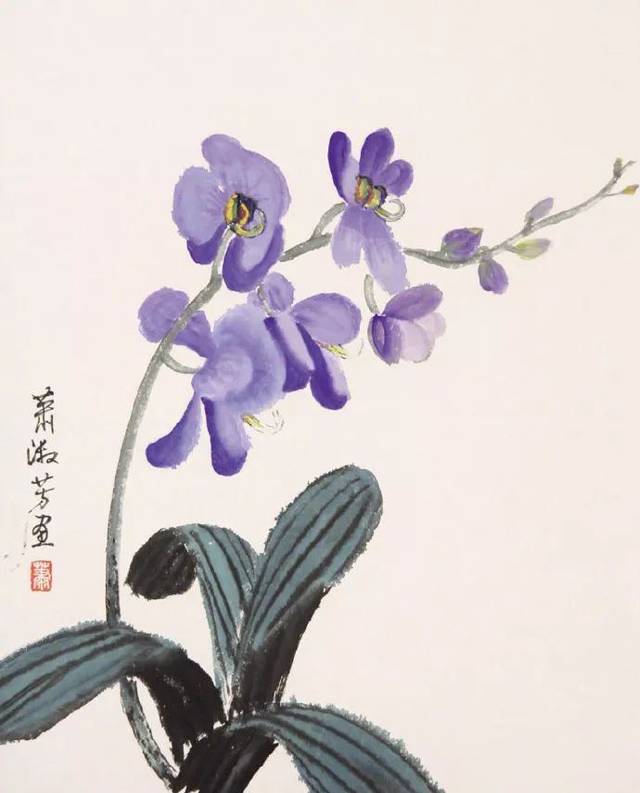
烽火照西京，心中自不平。